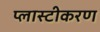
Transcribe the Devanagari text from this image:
प्लास्टीकरण